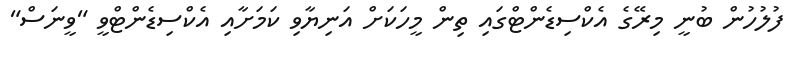
ފުލުހުން ބުނީ މިރޭގެ އެކްސިޑެންޓްގައި ތިން މީހަކަށް އަނިޔާވި ކަމަށާއި އެކްސިޑެންޓްވީ "ވީނަސް"